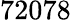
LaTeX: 72078